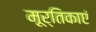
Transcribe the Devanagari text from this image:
मूर्तिकाएं